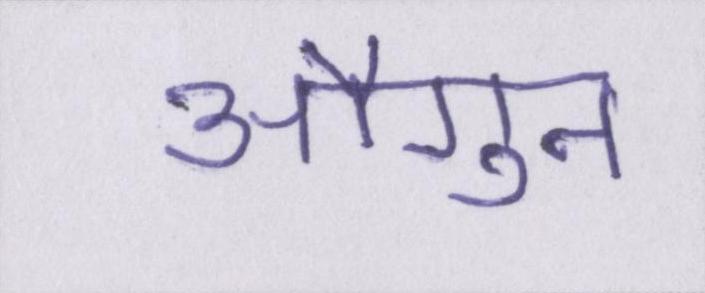
औगुन